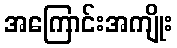
အကြောင်းအကျိုး